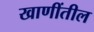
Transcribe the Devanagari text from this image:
खाणींतील